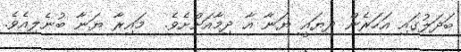
ބަދަލުގައި އަހަރެން ދިޔައީ ޔަނާ އާ ދިމާއަށްށެވެ.  މައިރާ ޔަނާ ބުނެލިއެވެ.